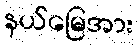
နယ်မြေအား